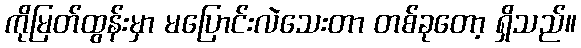
ကိုမြတ်ထွန်းမှာ မပြောင်းလဲသေးတာ တစ်ခုတော့ ရှိသည်။